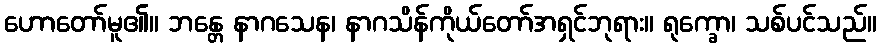
ဟောတော်မူ၏။ ဘန္တေ နာဂသေန၊ နာဂသိန်ကိုယ်တော်အရှင်ဘုရား။ ရုက္ခော၊ သစ်ပင်သည်။